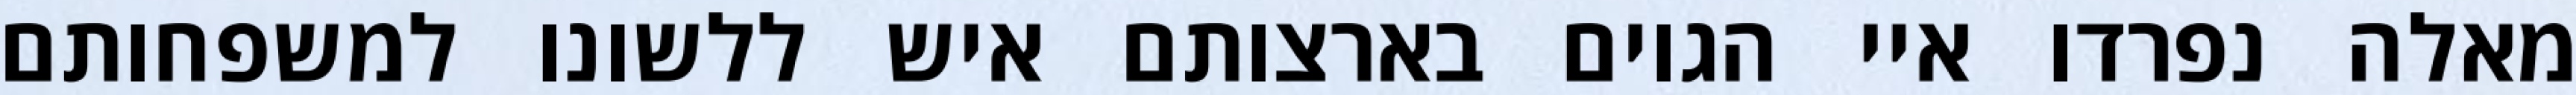
מאלה נפרדו איי הגוים בארצותם איש ללשונו למשפחותם